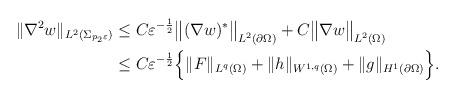
LaTeX: \begin{align*}\begin{aligned}\|\nabla^2 w\|_{L^2(\Sigma_{p_2\varepsilon})}&\leq C\varepsilon^{-\frac{1}{2}}\big\|(\nabla w)^*\big\|_{L^2(\partial\Omega)}+ C\big\|\nabla w\big\|_{L^2(\Omega)} \\&\leq C\varepsilon^{-\frac{1}{2}}\Big\{\|F\|_{L^q(\Omega)}+\|h\|_{W^{1,q}(\Omega)}+\|g\|_{H^1(\partial\Omega)}\Big\}.\end{aligned}\end{align*}